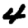
Digit: 4